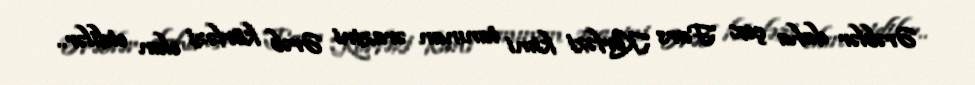
Ərəblər daha çox Fars Körfəzi kimi tanınan ərazini Ərəb körfəzi elan etdilər..